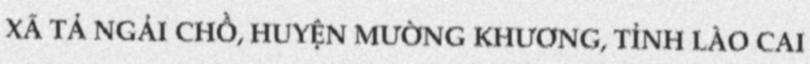
XÃ TẢ NGẢI CHỒ, HUYỆN MƯỜNG KHƯƠNG, TỈNH LÀO CAI